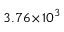
3 . 7 6 \! \times \! 1 0 ^ { 3 }